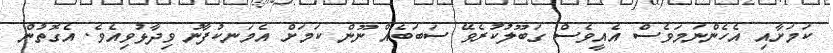
ކަމަށާއި އެހެންނަމަވެސް އެއީވެސް ގަބޫލުކުރެވޭ ސަބަބެއް ނޫން ކަމަށް އެމަނކުފާނު ވިދާޅުވިއެވެ. އެގޮތުން